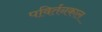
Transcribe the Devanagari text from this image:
पविर्तनकाल